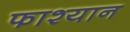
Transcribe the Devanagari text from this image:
फाश्यान